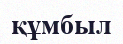
құмбыл